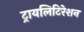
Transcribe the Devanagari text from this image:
ट्रायलिटिरेशन